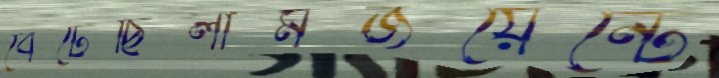
বেটেছিলামজয়েন্টে